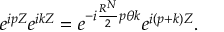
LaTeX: e ^ { i p Z } e ^ { i k Z } = e ^ { - i \frac { R ^ { N } } { 2 } p { \theta } k } e ^ { i ( p + k ) Z } .